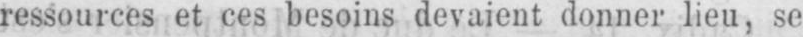
ressources et ces besoins devaient donner lieu, se